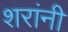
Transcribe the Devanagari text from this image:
शरांनी